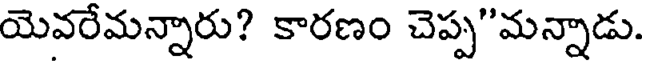
యెవరేమన్నారు? కారణం చెప్ప"మన్నాడు.